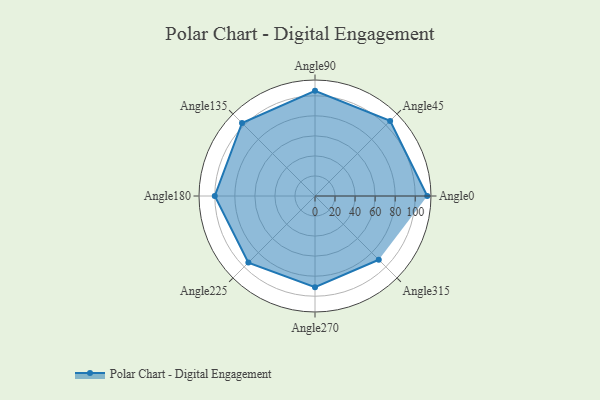
{"axis": {"x": "Angle", "y": "Radius"}, "legend": [""], "data": [{"x": "Angle0", "y": 112.0, "type": ""}, {"x": "Angle45", "y": 106.0, "type": ""}, {"x": "Angle90", "y": 105.0, "type": ""}, {"x": "Angle135", "y": 103.0, "type": ""}, {"x": "Angle180", "y": 100.0, "type": ""}, {"x": "Angle225", "y": 94.0, "type": ""}, {"x": "Angle270", "y": 91.0, "type": ""}, {"x": "Angle315", "y": 90.0, "type": ""}]}